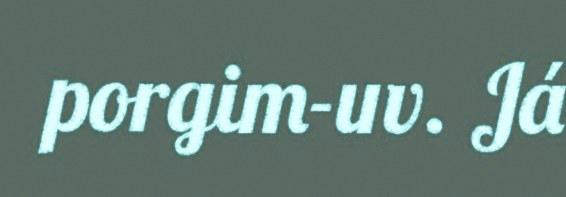
porgim-uv. Já